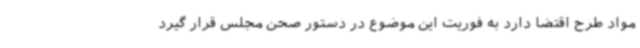
مواد طرح اقتضا دارد به فوریت این موضوع در دستور صحن مجلس قرار گیرد